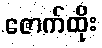
ဇောက်ထိုး